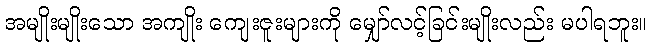
အမျိုးမျိုးသော အကျိုး ကျေးဇူးများကို မျှော်လင့်ခြင်းမျိုးလည်း မပါရဘူး။